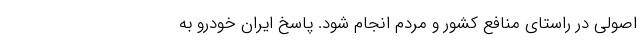
اصولی در راستای منافع کشور و مردم انجام شود. پاسخ ایران خودرو به